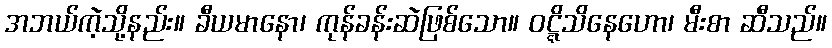
အဘယ်ကဲ့သို့နည်း။ ခီယမာနော၊ ကုန်ခန်းဆဲဖြစ်သော။ ဝဋ္ဋိသိနေဟော၊ မီးစာ ဆီသည်။